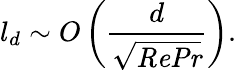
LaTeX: l_{d}\sim O\left(\frac{d}{\sqrt{{\mathit{RePr}}}}\right).